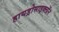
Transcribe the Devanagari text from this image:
हायड्रोसाइक्लॉन